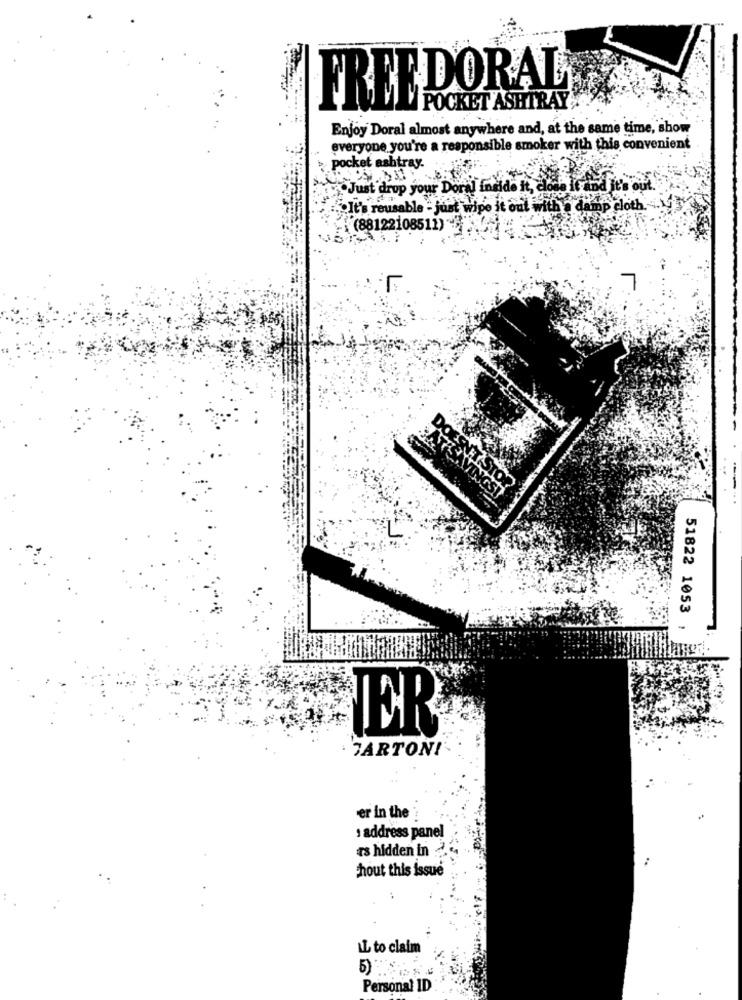
FREE DORAL
POCKET ASHTRAY
Enjoy Doral almost anywhere and, at the same time, show
everyone you're a responsible smoker with this convenient
pocket ashtray.
"Just drop your Doral inside it, ele
It's reusable - just wipe it out with @ damp cloth .-
(88122108511) ***
DOESN'T STOP
SAVINGS!
51822 1053
ER
CARTONI
er in the
: address panel
rs hidden in
hout this issue
IL to claim
Personal ID